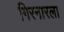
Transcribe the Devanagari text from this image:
गिरनारला